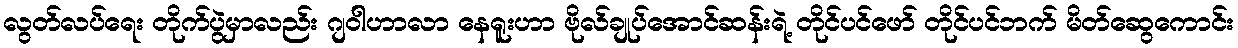
လွတ်လပ်ရေး တိုက်ပွဲမှာလည်း ဂျဝါဟာလာ နေရူးဟာ ဗိုလ်ချုပ်အောင်ဆန်းရဲ့ တိုင်ပင်ဖော် တိုင်ပင်ဘက် မိတ်ဆွေကောင်း